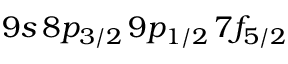
9 s \, 8 p _ { 3 / 2 } \, 9 p _ { 1 / 2 } \, 7 f _ { 5 / 2 }